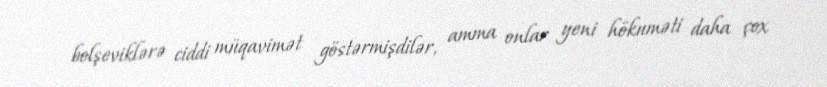
bolşeviklərə ciddi müqavimət göstərmişdilər, amma onlar yeni hökuməti daha çox